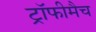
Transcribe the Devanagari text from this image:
ट्रॉफीमैच